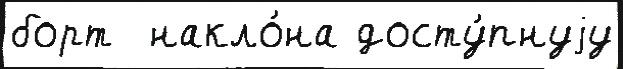
борт  накло́на досту́пнуjу